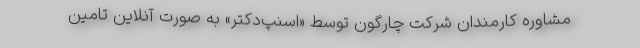
مشاوره کارمندان شرکت چارگون توسط «اسنپ‌دکتر» به صورت آنلاین تامین